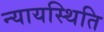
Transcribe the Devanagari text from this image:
न्यायस्थिति